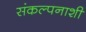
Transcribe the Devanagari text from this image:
संकल्पनाशी